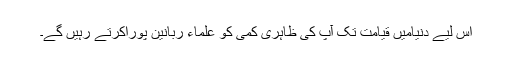
اس لیے دنیامیں قیامت تک آپ کی ظاہری کمی کو علماء ربانین پوراکرتے رہیں گے۔